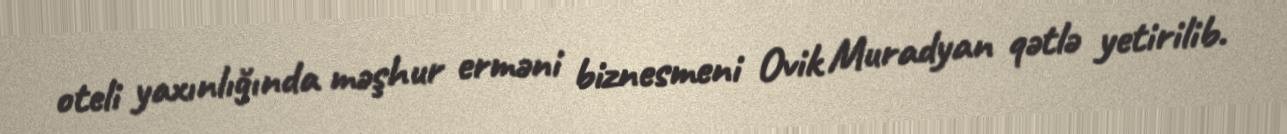
oteli yaxınlığında məşhur erməni biznesmeni Ovik Muradyan qətlə yetirilib.